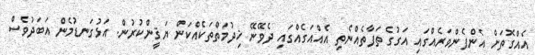
އެއްގޮތަށް އެންފެންވަރެއްގައި އަގުގެ ތަފާތެއްނެތި އެއްއަގެއްގައި ދެވޭނޭ ޚިދުމަތްތަކެއްކަން ޔަޤީންކުރުން. އަޅުގަނޑުމެން އަބަދުވެސް